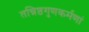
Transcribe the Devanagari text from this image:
तन्निष्ठगुणकर्मणां